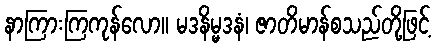
နာကြားကြကုန်လော။ မဒနိမ္မဒနံ၊ ဇာတိမာန်စသည်တို့ဖြင့်